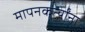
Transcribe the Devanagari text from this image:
मापनकर्त्यांना